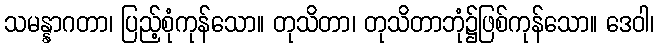
သမန္နာဂတာ၊ ပြည့်စုံကုန်သော။ တုသိတာ၊ တုသိတာဘုံ၌ဖြစ်ကုန်သော။ ဒေဝါ၊